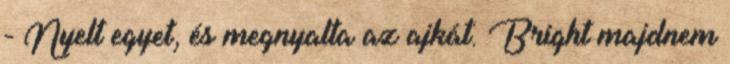
- Nyelt egyet, és megnyalta az ajkát. Bright majdnem